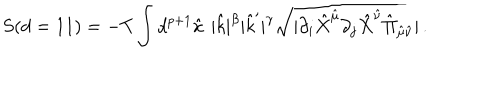
S ( d = 1 1 ) = - T \int d ^ { p + 1 } \hat { x } | \hat { k } | ^ { \beta } | \hat { k } ^ { \prime } | ^ { \gamma } \sqrt { \mid \partial _ { i } \hat { X } ^ { \hat { \mu } } \partial _ { j } \hat { X } ^ { \hat { \nu } } \hat { \Pi } _ { \hat { \mu } \hat { \nu } } \mid } \, .